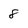
Character: 8